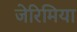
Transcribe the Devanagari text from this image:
जेरिमिया